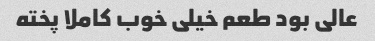
عالی بود طعم خیلی خوب کاملا پخته